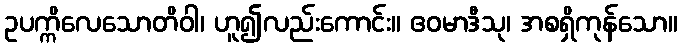
ဥပက္ကိလေသောတိဝါ၊ ဟူ၍လည်းကောင်း။ ဧဝမာဒီသု၊ အစရှိကုန်သော။